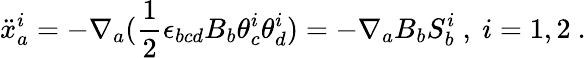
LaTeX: {\ddot{x}}_{a}^{i}=-\nabla_{a}(\frac{1}{2}\epsilon_{bcd}B_{b}\theta_{c}^{i}\theta_{d}^{i})=-\nabla_{a}B_{b}S_{b}^{i}\ ,\ i=1,2\ .